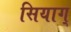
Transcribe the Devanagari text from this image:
सियाग्